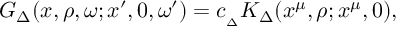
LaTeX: { G _ { \Delta } ( x , \rho , \omega ; x ^ { \prime } , 0 , \omega ^ { \prime } ) = c _ { _ { \Delta } } K _ { \Delta } ( x ^ { \mu } , \rho ; x ^ { \mu } , 0 ) , }